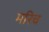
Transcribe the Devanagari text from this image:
मरिच